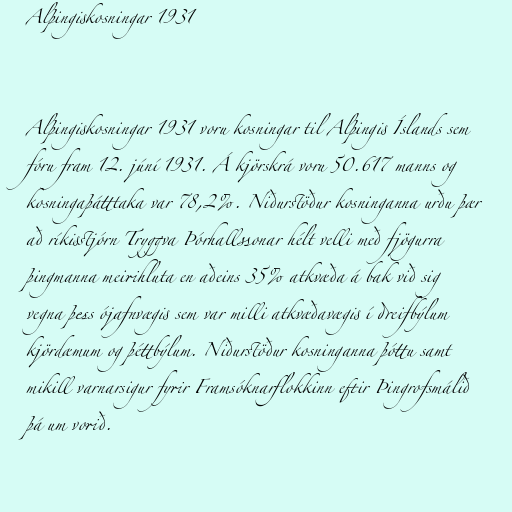
Alþingiskosningar 1931

Alþingiskosningar 1931 voru kosningar til Alþingis Íslands sem
fóru fram 12. júní 1931. Á kjörskrá voru 50.617 manns og
kosningaþátttaka var 78,2%. Niðurstöður kosninganna urðu þær
að ríkisstjórn Tryggva Þórhallssonar hélt velli með fjögurra
þingmanna meirihluta en aðeins 35% atkvæða á bak við sig
vegna þess ójafnvægis sem var milli atkvæðavægis í dreifbýlum
kjördæmum og þéttbýlum. Niðurstöður kosninganna þóttu samt
mikill varnarsigur fyrir Framsóknarflokkinn eftir Þingrofsmálið
þá um vorið.